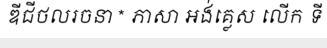
ឌីជីថលរចនា * ភាសា អង់គ្លេស លើក ទី